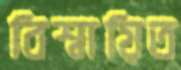
বিশ্বায়িত